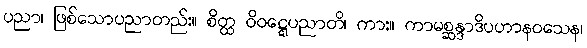
ပညာ၊ ဖြစ်သောပညာတည်း။ စိတ္ထ ဝိဝဋ္ဋေပညာတိ၊ ကား။ ကာမစ္ဆန္ဒာဒိပဟာနဝသေန၊